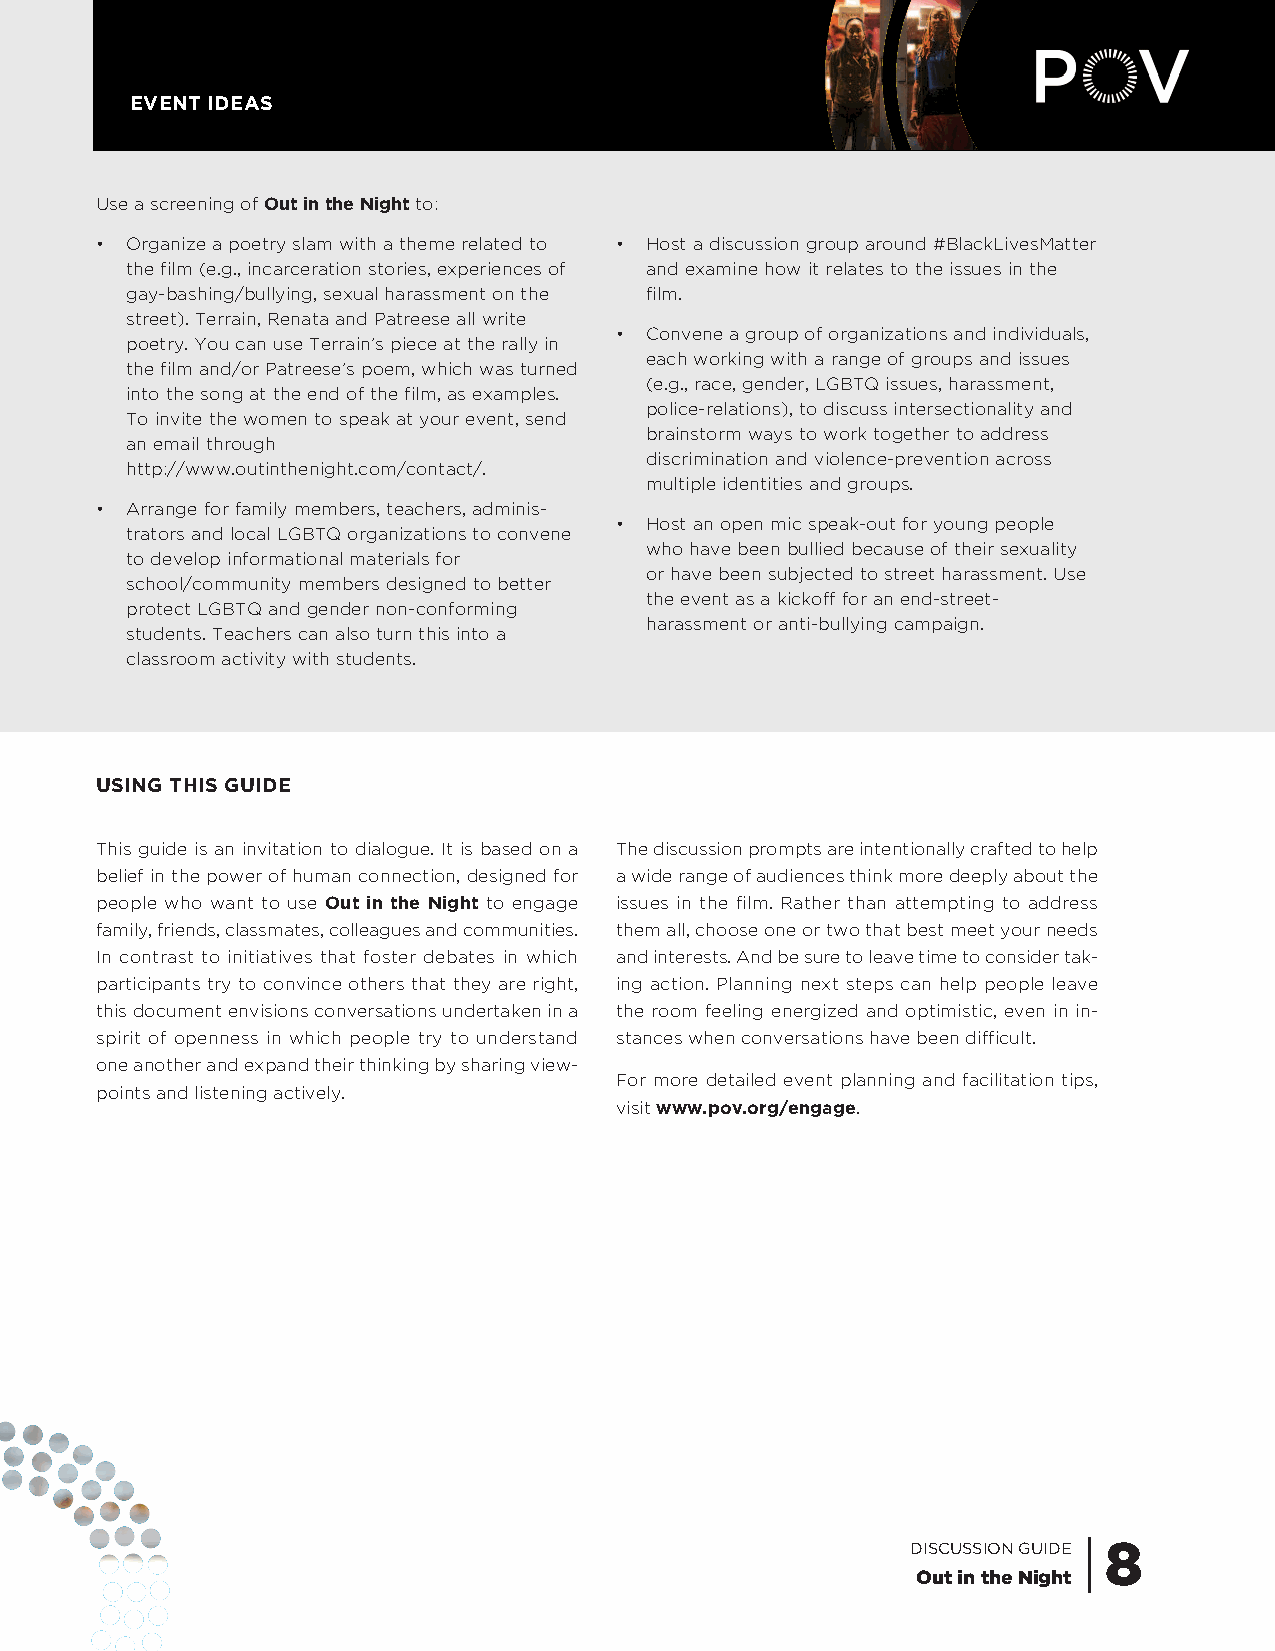
EVENT IDEAS
 Use a screening ofOut in the Nightto:
 • Organize a poetry slam with a theme related to • Host a discussion group around #BlackLivesMatter
 the film (e.g., incarceration stories, experiences of and examine how it relates to the issues in the
 gay-bashing/bullying, sexual harassment on the film.
 street). Terrain, Renata and Patreese all write
 • Convene a group of organizations and individuals,
 poetry. You can use Terrain’s piece at the rally in
 each working with a range of groups and issues
 the film and/or Patreese’s poem, which was turned
 (e.g., race, gender, LGBTQ issues, harassment,
 into the song at the end of the film, as examples.
 police-relations), to discuss intersectionality and
 To invite the women to speak at your event, send
 brainstorm ways to work together to address
 an email through
 discrimination and violence-prevention across
 http://www.outinthenight.com/contact/.
 multiple identities and groups.
 • Arrange for family members, teachers, adminis-
 • Host an open mic speak-out for young people
 trators and local LGBTQ organizations to convene
 who have been bullied because of their sexuality
 to develop informational materials for
 or have been subjected to street harassment. Use
 school/community members designed to better
 the event as a kickoff for an end-street-
 protect LGBTQ and gender non-conforming
 harassment or anti-bullying campaign.
 students. Teachers can also turn this into a
 classroom activity with students.
 USING THIS GUIDE
 This guide is an invitation to dialogue. It is based on a The discussion prompts are intentionally crafted to help
 belief in the power of human connection, designed for a wide range of audiences think more deeply about the
 people who want to use Out in the Night to engage issues in the film. Rather than attempting to address
 family, friends, classmates, colleagues and communities. them all, choose one or two that best meet your needs
 In contrast to initiatives that foster debates in which and interests. And be sure to leave time to consider tak-
 participants try to convince others that they are right, ing action. Planning next steps can help people leave
 this document envisions conversations undertaken in a the room feeling energized and optimistic, even in in-
 spirit of openness in which people try to understand stances when conversations have been difficult.
 one another and expand their thinking by sharing view-
 For more detailed event planning and facilitation tips,
 points and listening actively.
 visit www.pov.org/engage.
 DISCUSSION GUIDE | 8
 Out in the Night